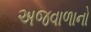
અજવાળાનો